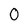
Character: 0